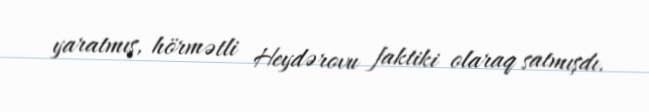
yaratmış, hörmətli Heydərovu faktiki olaraq satmışdı.